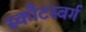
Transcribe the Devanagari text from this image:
स्कौटस्बर्ग